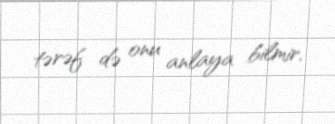
tərəf də onu anlaya bilmir.